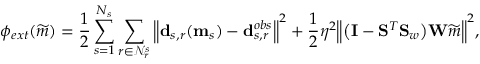
\phi _ { e x t } ( \widetilde { \b { m } } ) = \frac { 1 } { 2 } \sum _ { s = 1 } ^ { N _ { s } } \sum _ { r \in \mathcal { N } _ { r } ^ { s } } \Big \Vert \mathbf { d } _ { s , r } ( \mathbf { m } _ { s } ) - \mathbf { d } _ { s , r } ^ { o b s } \Big \Vert ^ { 2 } + \frac { 1 } { 2 } \eta ^ { 2 } \Big \Vert \big ( \mathbf { I } - \mathbf { S } ^ { T } \mathbf { S } _ { w } \big ) \mathbf { W } \widetilde { \b { m } } \Big \Vert ^ { 2 } ,